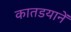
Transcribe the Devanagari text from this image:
कातडयानें